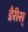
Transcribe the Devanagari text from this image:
डैरीस्